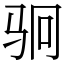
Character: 𬳶